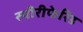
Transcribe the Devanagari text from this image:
स्पीरीफेरिड